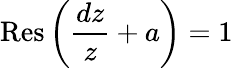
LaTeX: \operatorname{Res}\left({\frac{dz}{z}}+a\right)=1